Report on sanitation, dispensaries, and jails in Rajputana for 1916, and on vaccination for the year 1916-1917 - 1916-1917
Year: 1916
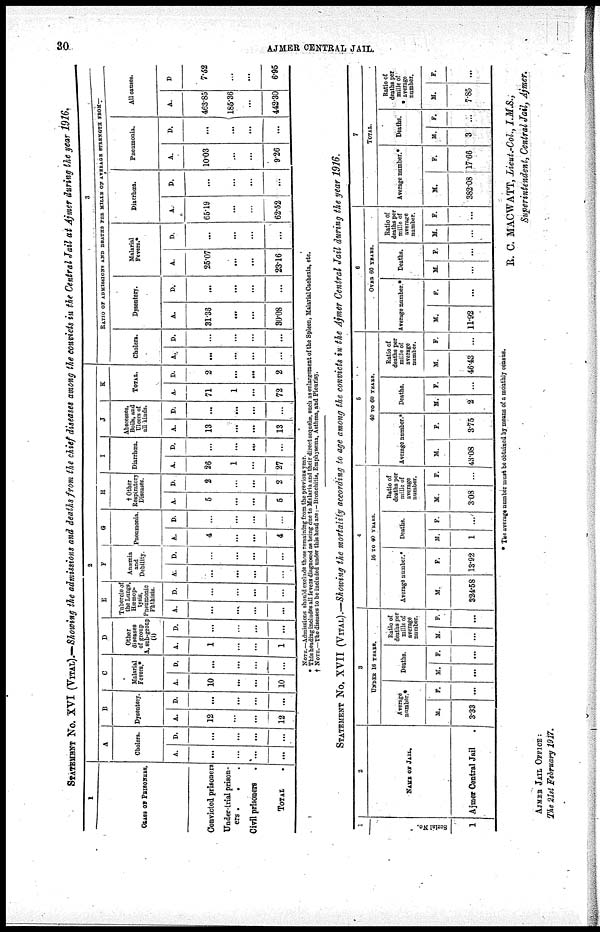
30
AJMER CENTRAL JAIL.
STATEMENT No. XVI (VITAL).—Showing the admissions and deaths from the chief diseases among the convicts in the Central Jail at Ajmer during the year 1916.
1
CLASS OF PRISONERS.
Convicted prisoners
Under-trial prison¬
ers .
. .
Civil prisoners .
TOTAL .
2
A
Cholera.
A.
...
...
...
...
D.
...
...
...
...
B
Dysentery.
A.
12
...
...
12
D.
...
...
...
...
C
Malarial
Fevers.*
A.
10
...
...
10
D.
...
...
...
...
D
Other
diseases
of group
A, sub-group
(i)
A.
1
...
...
1
D.
...
...
...
...
E
Tubercle of
the Lungs
Hæmop¬
tysis,
Pnemonic
Phthisis.
A.
...
...
...
...
D.
...
...
...
...
F
Anamia
and
Debility.
A.
...
...
...
...
D.
...
...
...
...
G
Pneumonia.
A.
4
...
...
4
D.
...
...
...
...
H
†Other
Respiratory
Diseases.
A.
5
...
...
6
D.
2
...
...
2
I
Diarrhœa.
A.
26
1
...
27
D.
...
...
...
...
J
Abscesses,
Boils, and
u1cers of
all kinds.
A.
13
...
...
13
D.
...
...
...
...
K
TOTAL.
A.
71
1
...
72
D.
2
...
...
2
3
RATIO OF ADMISSION AND DEATHS PER MILLE OF AVERAGE STRENGTH FROM—
Cholera.
A.
...
...
...
...
D.
...
...
...
...
Dysentery.
A.
31.38
...
...
30.08
D.
...
...
...
...
Malarial
Fevers.*
A.
25.07
...
...
23.16
D.
...
...
...
...
Diarrhœa.
A.
65.19
...
...
62.52
D.
...
...
...
...
Pneumonia.
A.
10.03
...
...
9.26
D.
...
...
...
...
All causes.
A.
463.85
185.36
...
442.30
D
7.52
...
...
6.95
NOTE.—Admission should exclude those remaining from the previous
year.
* This heading includes all fevers diagnosed as being due to Malaria and their direct sequelæ, such as enlargement of the Spleen, Malarial Cachexia, etc.
† NOTE.— The diseases to be included under this head are:- Bronchitis, Empbyæma, Asthma, and Pleurisy.
STATEMENT No. XVII (VITAL).—Showing the mortality according to age among the convicts in the Ajmer Central Jail during the year 1916.
1
Serial No.
1
2
NAME OF JAIL.
Ajmer Central Jail
.
3
UNDER 16 YEARS.
Average
number.*
M.
3.33
F.
...
Deaths.
M.
...
F.
...
Ratio of
deaths per
mille of
average
number.
M.
...
F.
...
4
16 TO 40 YEARS.
Average number. *
M.
324.58
F.
13.92
Deaths.
M.
1
F.
...
Ratio of
deaths per
mille of
average
number.
M.
3.08
F.
...
5
40 TO 60 YEARS.
Average number.*
M.
43.08
F.
3.75
Deaths.
M.
2
F.
...
Ratio of
deaths per
mille of
average
number.
M.
46.43
F.
...
6
OVER 60 YEARS.
Average number.*
M.
11.92
F.
...
Deaths.
M.
...
F.
...
Ratio of
deaths per
mille of
average
number.
M.
...
F.
...
7
TOTAL.
Average number.*
M.
382.08
F.
17.66
Deaths.
M.
3
F.
...
Ratio of
deaths par
mille of
average
number.
M.
7.85
F.
...
* The average number must be obtained by means of a monthly census.
R. C. MACWATT, Lieut.-Col., I.M.S.,
Superintendent, Central Jail, Ajmer.
AJMER JAIL OFFICE :
The 21st February 1917.